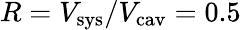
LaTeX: R=V_{\mathrm{sys}}/V_{\mathrm{cav}}=0.5